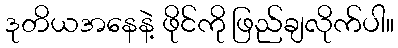
ဒုတိယအနေနဲ့ ဖိုင်ကို ဖြည်ချလိုက်ပါ။